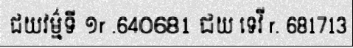
ជយវម៌្មទី ១r .640681 ជយ ទេវី r. 681713